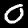
Digit: 0